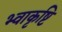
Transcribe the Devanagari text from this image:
भ्वाकृष्टि